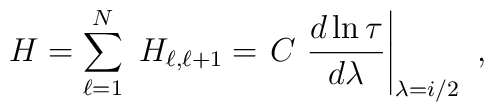
H=\sum^{N}_{\ell =1}\ H_{\ell ,\ell +1}=\left. C \ \frac{d\ln \tau}{d\lambda}\right|_{\lambda =i/2}\ ,